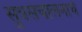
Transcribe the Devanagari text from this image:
सुत्रसंचालनाचे